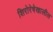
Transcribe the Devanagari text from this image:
शिरोरेषेखालील